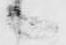
々